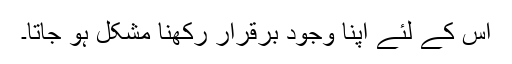
اس کے لئے اپنا وجود برقرار رکھنا مشکل ہو جاتا۔